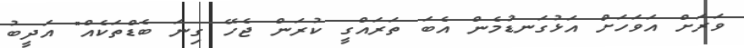
ވަރަށް އަވަހަށް އަޅުގަނޑުމެން އެބަ ތަރައްގީ ކުރަން ޖެހޭ ގިނަ ބެޑްތަކެއް" އަދީބު